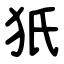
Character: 㹝